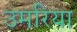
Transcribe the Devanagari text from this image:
उमरिया